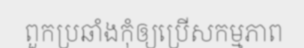
ពួកប្រឆាំងកុំឲ្យប្រើសកម្មភាព